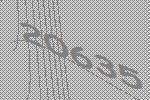
20635